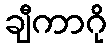
ချီကာဂို